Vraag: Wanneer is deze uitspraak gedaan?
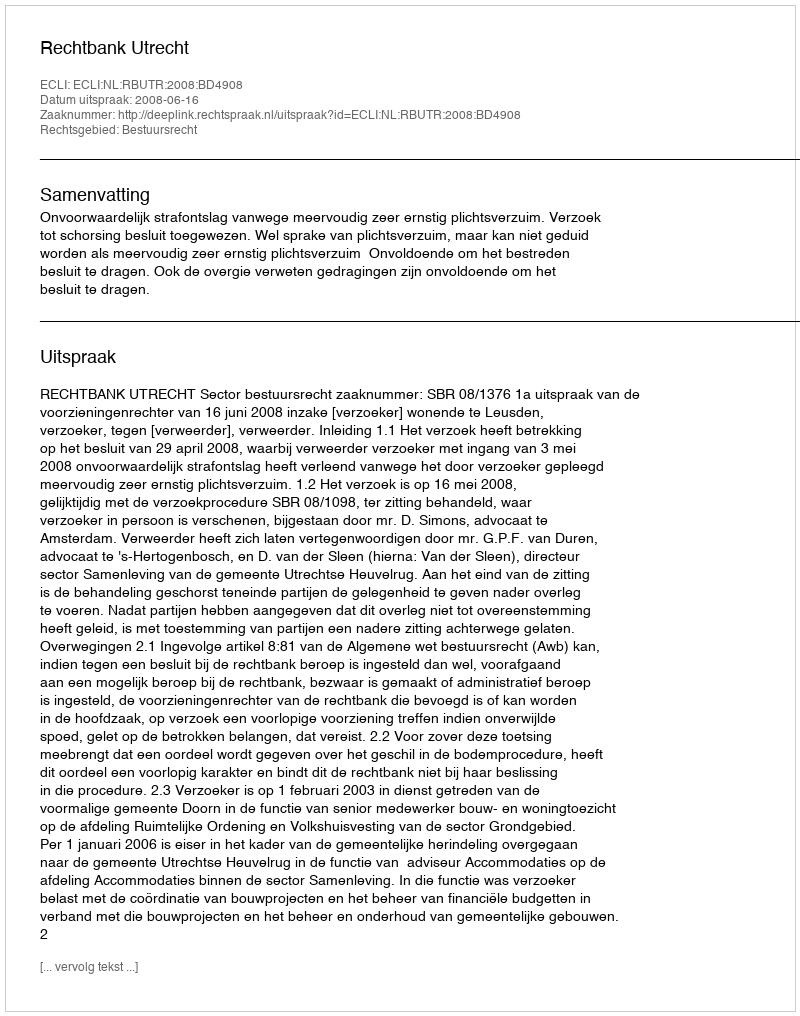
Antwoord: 2008-06-16